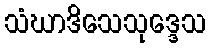
သံဃာဒိသေသုဒ္ဒေသ